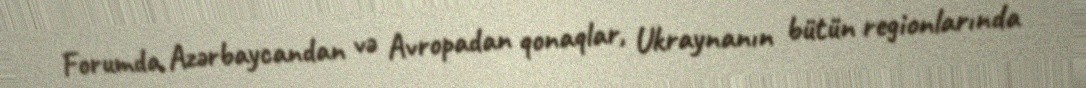
Forumda Azərbaycandan və Avropadan qonaqlar, Ukraynanın bütün regionlarında